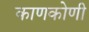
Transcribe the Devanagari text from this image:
काणकोणी